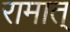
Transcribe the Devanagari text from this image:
रामात्